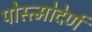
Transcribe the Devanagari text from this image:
पोस्त्मोदेर्ण